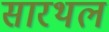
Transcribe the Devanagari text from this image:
सारथल